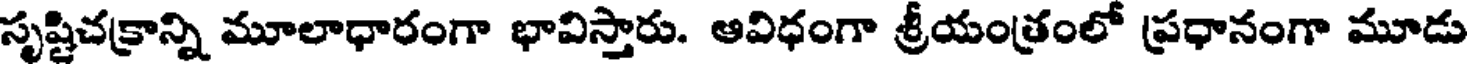
సృష్టిచక్రాన్ని మూలాధారంగా భావిస్తారు. ఆవిధంగా శ్రీయంత్రంలో ప్రధానంగా మూడు